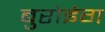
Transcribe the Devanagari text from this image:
बुरोइंग